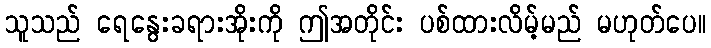
သူသည် ရေနွေးခရားအိုးကို ဤအတိုင်း ပစ်ထားလိမ့်မည် မဟုတ်ပေ။